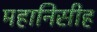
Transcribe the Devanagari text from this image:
महानिसीह